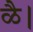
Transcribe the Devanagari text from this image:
ळै।